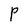
Character: P